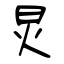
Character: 炅